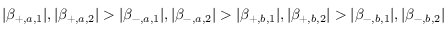
| \beta _ { + , a , 1 } | , | \beta _ { + , a , 2 } | > | \beta _ { - , a , 1 } | , | \beta _ { - , a , 2 } | > | \beta _ { + , b , 1 } | , | \beta _ { + , b , 2 } | > | \beta _ { - , b , 1 } | , | \beta _ { - , b , 2 } |